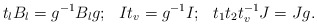
\begin{align*}t_l B_l=g^{-1}B_lg ; \, \, \, \, It_v=g^{-1}I; \, \, \, \, t_1 t_2t_v^{-1}J=J g. \end{align*}